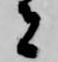
者